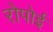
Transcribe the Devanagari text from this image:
रोपोई